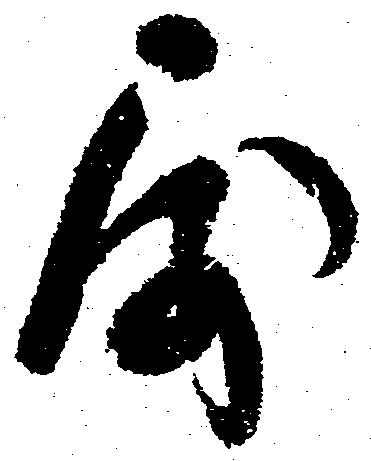
属